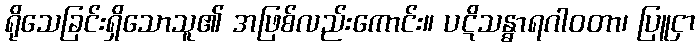
ရိုသေခြင်းရှိသောသူ၏ အဖြစ်လည်းကောင်း။ ပဋိသန္ဓာရဂါဝတာ၊ ပြူငှာ